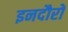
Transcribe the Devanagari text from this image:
इनदौरों